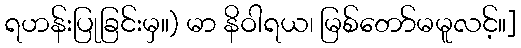
ရဟန်းပြုခြင်းမှ။) မာ နိဝါရယ၊ မြစ်တော်မမူလင့်။]